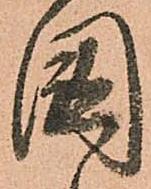
國